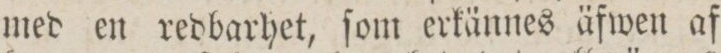
med en redbarhet, ſom erkännes äfwen af